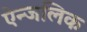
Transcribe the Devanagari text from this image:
ऐन्जलिक